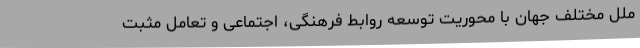
ملل مختلف جهان با محوريت توسعه روابط فرهنگی، اجتماعی و تعامل مثبت